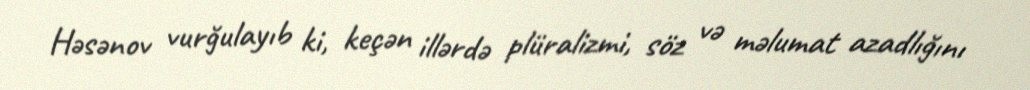
Həsənov vurğulayıb ki, keçən illərdə plüralizmi, söz və məlumat azadlığını